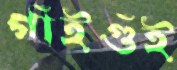
গাঁইগুঁই